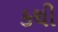
કથી